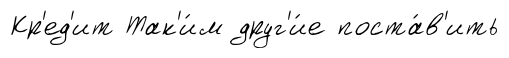
Кр'ед'ит Так'и́м друг'и́е поста́в'ить